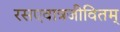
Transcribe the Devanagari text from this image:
रसएवात्रजीवितम्